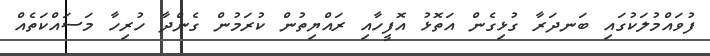
ފުވައްމުލަކުގައި ބަނދަރާ ގުޅިގެން އަތޮޅު އޮފީހާއި ރައްޔިތުން ކުރަމުން ގެންދާ ހުރިހާ މަސައްކަތެއް